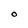
Character: O